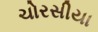
ચોરસીયા